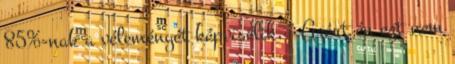
85%-nak a véleményét képviselik, " Azért én ezt nem